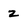
Character: z